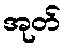
အုတ်